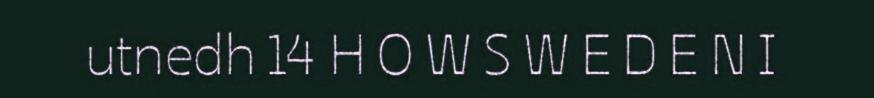
utnedh 14 H O W S W E D E N I